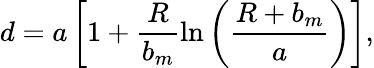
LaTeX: d=a\left[1+\frac{R}{b_{m}}\ln\left(\frac{R+b_{m}}{a}\right)\right],